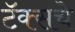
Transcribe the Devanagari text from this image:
टॅक्सचे